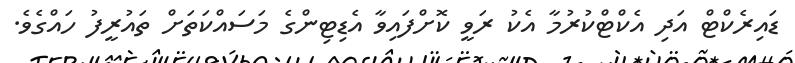
ޑައިރެކްޓް އަދި އެކްޓްކުރުމާ އެކު ރަވީ ކޮށްފައިވާ އެޑިޓިންގެ މަަސައްކަތަށް ތައުރީފު ހައްގެވެ.